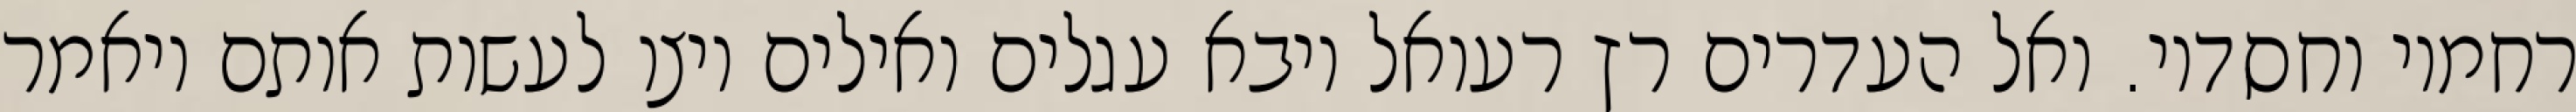
רחמיו וחסדיו. ואל העדרים רץ רעואל ויבא עגלים ואילים ויצו לעשות אותם ויאמר